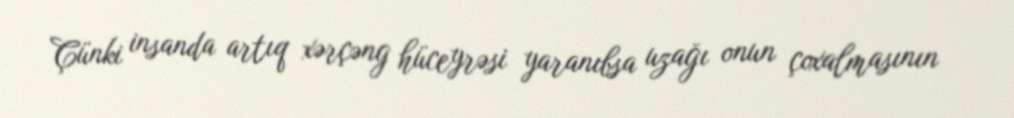
Çünki insanda artıq xərçəng hüceyrəsi yaranıbsa uzağı onun çoxalmasının